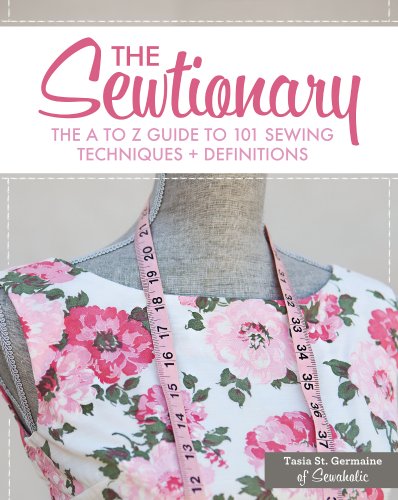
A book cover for The Sewtionary: An A to Z Guide to 101 Sewing Techniques and Definitions; Tasia St. Germaine; Crafts, Hobbies & Home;